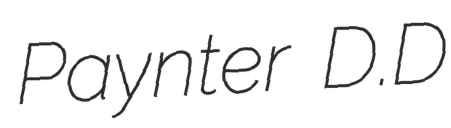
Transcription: Paynter D.D